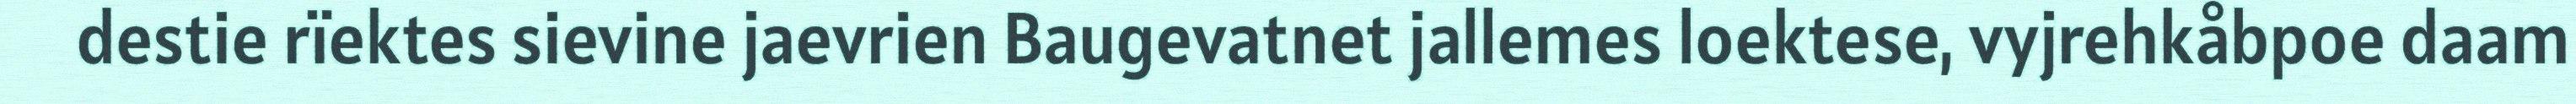
destie rïektes sievine jaevrien Baugevatnet jallemes loektese, vyjrehkåbpoe daam